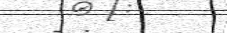
- .